65_HS1-834228961_62-HQ-83894_Section_7
Agency: FBI
Page 199
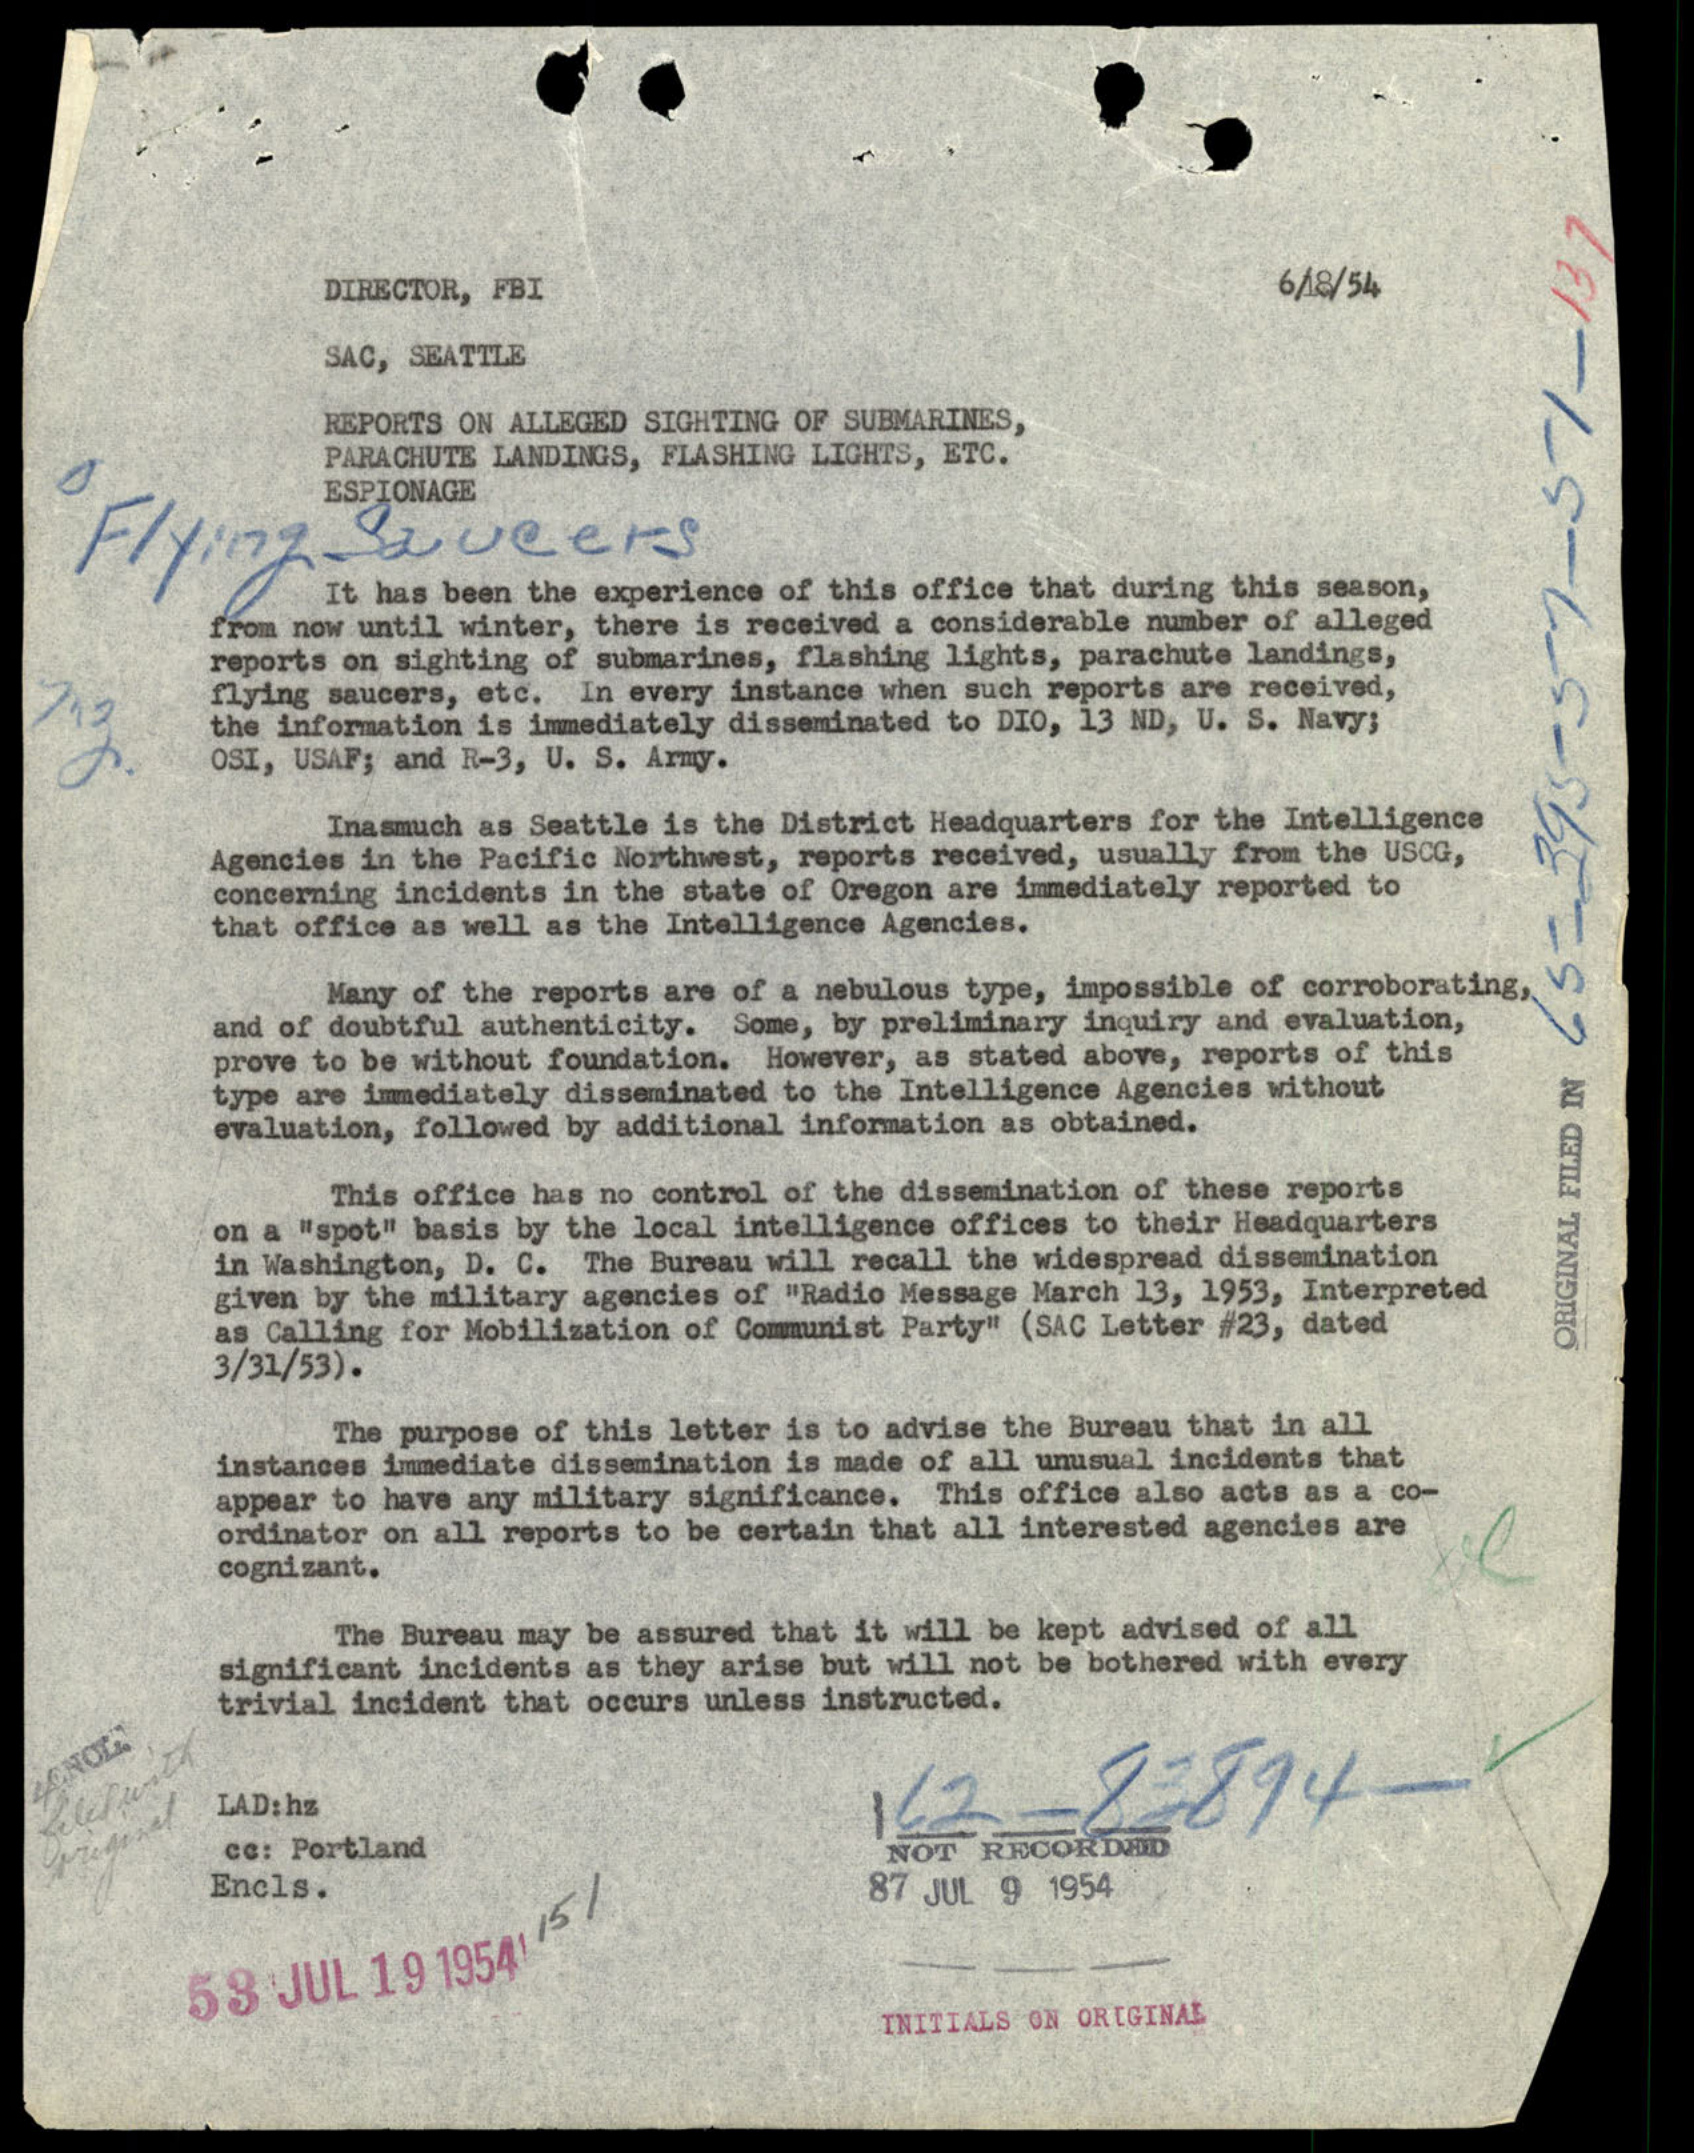